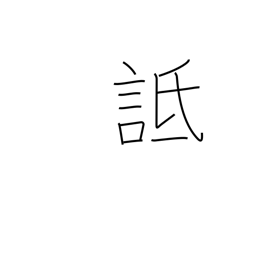
Meaning: vilify